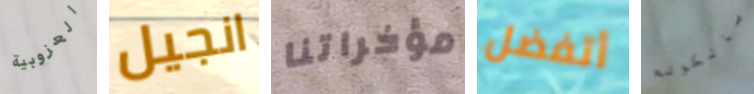
العزوبية انجيل مؤخراتنا أتفضل مالكولم